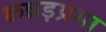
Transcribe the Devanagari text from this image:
कन्नड़प्रभा